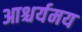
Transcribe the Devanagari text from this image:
आश्चर्यमय